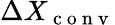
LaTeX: \Delta X_{\mathrm{~c~o~n~v~}}